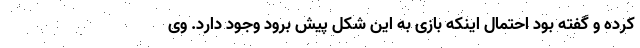
کرده و گفته بود احتمال اینکه بازی به این شکل پیش برود وجود دارد. وی